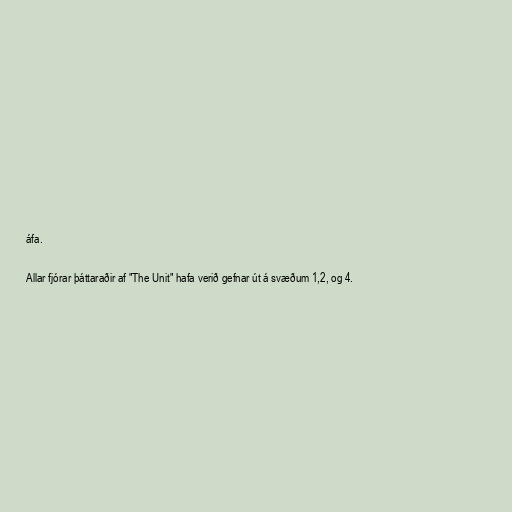
áfa.

Allar fjórar þáttaraðir af "The Unit" hafa verið gefnar út á svæðum 1,2, og 4.